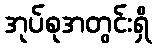
အုပ်စုအတွင်းရှိ